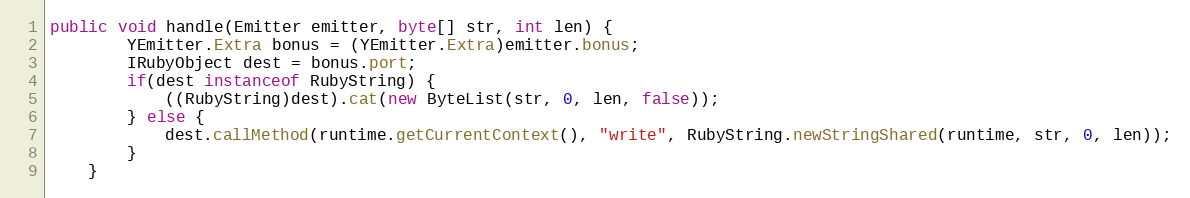
Language: Java
public void handle(Emitter emitter, byte[] str, int len) {
        YEmitter.Extra bonus = (YEmitter.Extra)emitter.bonus;
        IRubyObject dest = bonus.port;
        if(dest instanceof RubyString) {
            ((RubyString)dest).cat(new ByteList(str, 0, len, false));
        } else {
            dest.callMethod(runtime.getCurrentContext(), "write", RubyString.newStringShared(runtime, str, 0, len));
        }
    }